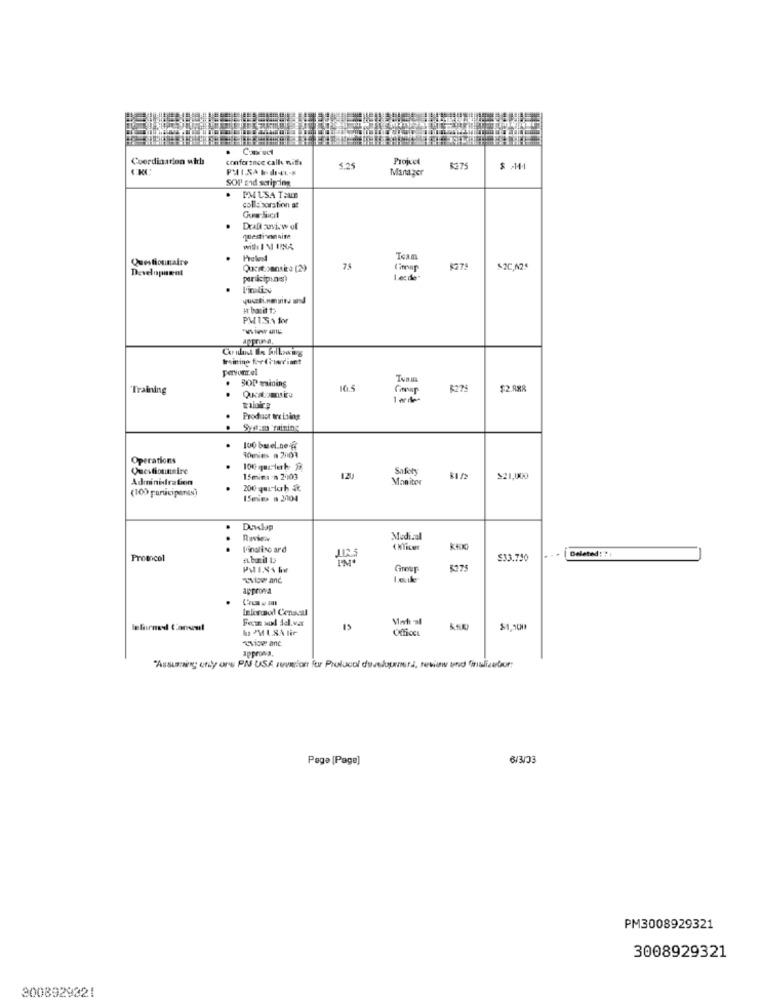
Coordination with
conference calls nite
Projet
PMAISA IdILS
5.25
Manager
8375
SOl' and seripzing
.
PMUSA I:UN
collaboration at
Draft view of
Will. I M LINA
Questionnaire
Developawnt
75
$275
S2C,025
participis)
PM15.1 kv
apparua.
training for fromdiant
SOP mining
Training
16.5
6274
$2.988
Product tre Laing
.
100 basel.ne-@
Operations
.
SIEn
Administration
ISmins 'n 2003
120
Monitor
$21,000
(10) participants)
.
USmie a 3104
.
Dovdap
Medical
..
l'inaliso ard
Deleted: 71
Protocol
$33.750
R$75
approna
Inlorcaod Cenacal
Forn wool Id.var
ho MURAlir
UfficCL
"Tice anc
approns.
"Assumaing only one PM USA zuvion for Prolucol development, view und Sinalizador:
Page [Page]
6/3/33
PM3008929321
3008929321
3008929321